Tezpur Lunatic Asylum reports 1877-1894 - 1877-1894
Year: 1877
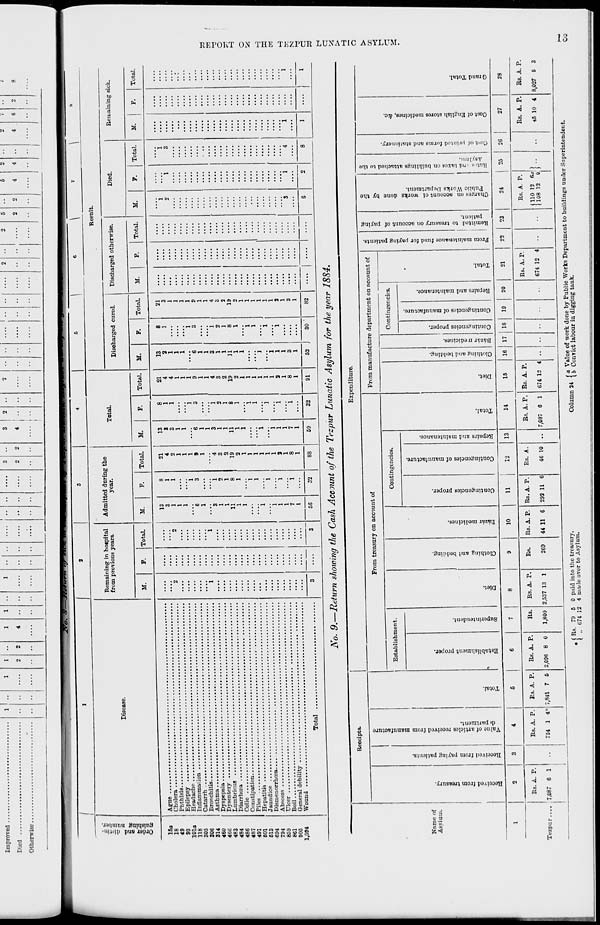
Improved ...
Died
Otherwise...
1
1
1
2
2
1
4
1
1
••
••
..:.
• •
....
3
2
2
3
4
2
2
..
••
....
2 ••
2
5
2
2
6
4
2
4 ••
4
7
6
~ X>
13 3
« a
gee
S3
O tB
15a
18
49
93
101a
118
305
306
S14
460
466
483
484
486
487
491
601
613
694
794
859
861
905
1,094
Dieease.
Remaining in hospital
from previous years.
M.
Total.
Admitted during the
year.
M.
Ague
Cholera
Phthisis
Epilepsy
Headache
Inflammation
Catarrh
Bronchitis
Asthma
Dyspepsia
Dysentery
Lumbricus
Diarrhoea
Colic
Constipation
Piles
Hepatitis
Jaundice
Dismenorrhoea
Abscess
Ulcer
Boil
General debility
Wonnd
Total
Total.
Total.
M.
Total.
■Result.
Discharged cured.
M.
Total.
Discharged otherwise.
M.
P.
Total.
Died.
M.
P.
Total.
Remaining sick.
M.
P.
Total
32
4
3
a
19
2
88
13
S
3
1
1
"6
1
1
3
1
1
11
1
1
69
32
21
4
4
1
1
1
9
1
1
4
3
a
19
2
1
1
1
1
1
1
a
l
8
1
91
13
3
1
1
1
**6
1
1
3
1
1
II
1
1
1
1
1
3
1
52
30
21
3
1
1
1
1
9
1
1
4
3
2
19
2
1
1
1
1
I
1
3
1
3
1
82
No. 9.—Return showing the Cash Account of the Tezpur Lunatic Asylum for the year 1884.
Receipts.
Expenditure.
o
3
1
From treasury on account of
From manufacture department on account of
a
SB
a
a
c
X!
>*
X!
3
XI
O
•3
3
a
a
a
Establishment.
Contingencies.
Continconcies.
P.
tap
*S
a
O
-a
|
S
4
t»
3
m
2
a
£
£
•
■9
O
X 4
*
5
a
Name of
Asylum.
3
a
a
P.
to
_o
•a
>
£
a
&
o
bo
a
■5
P.
o
3
t>
a
a
d
a
a
a
a
c
•3
u
p.
o
a
1
3
a
OS
a
3
a
09
a
o
1
5
3
_ ^
o a
°3
c ~
= 2
to
a
2
"3
XI
5
3
a
a
s
3
I
a o
p.
E
1 -to C
«a
"o u
P.
a
x:
a
-
■c
a
d
S
c
]3
•3
6
a
a.
a
o
S
8
□
'S
a
S
■3
3
5
p.
a
o
"3
a
bo
a
a
o
3
a
a
cS
5
s
a
3
a
2
o
£ a
o
I'd
c "
■r. O
OS
•3 -
C =
V
To
w
"3
o
£
§
§8,
*5
XI
p.
2,
XI
o
-3
•cS
a o
a
o
'3
P.
"3
o
«
XI
•c3
5
"3
p.
a>
3
o
a o
£3
BS
B-2
c
o
o
■3
a
s
i « >
H
H
ai
a
O
n
O
O
e5
H
Q
6 n o O
03
H
fc.
«
O
—
o
O
CJ
1
2
3
4
6
6
7
1
8
9
10
11
12
13
14
15
16 17 1 18
19
20
21
22
23
24
25
26
27
28
Bs. A. P.
Bs. A. P.
Bs. A. P.
Rs. A. P.
Rs.
Bs. A. P.
Rs.
Rs. A. P. Rs. A. P.
Rs. A.
Bs. A. P. Rs. A. P.
Bs. A. P.
Rs. A. P.
Rs. A. P.
Rs. A. P.
Tezpcr.... , 7,087 6 1
-•
754 1 4" 7,841 7 6 2,096 8 0
1,800 2,537 13 1
269
44 11 6 292 11 6
46 10 •• 7,087 6 1 674 12 4
674 12 4
•■
(110 12 &i
(108 12 it !••
••
45 10 4 8,027 6 3
»
s
r"-
O
M
a
o
DO
, ( Rs. 79 5 0 paid into the treasury.
( „ 674 12 4 nia'le over to Asylum.
r ,
,. (a Value of work done by Public Works Department to buildings under Superintendent,
commn J4 ^ b ConTict labour in digging tank.
CO